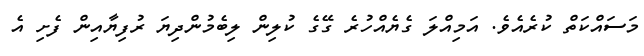
މަސައްކަތް ކުރެއެވެ. އަމިއްލަ ގެޔެއްހުރެ ގޭގެ ކުލިން ލިބެމުންދިޔަ ރުފިޔާއިން ފެށި އެ